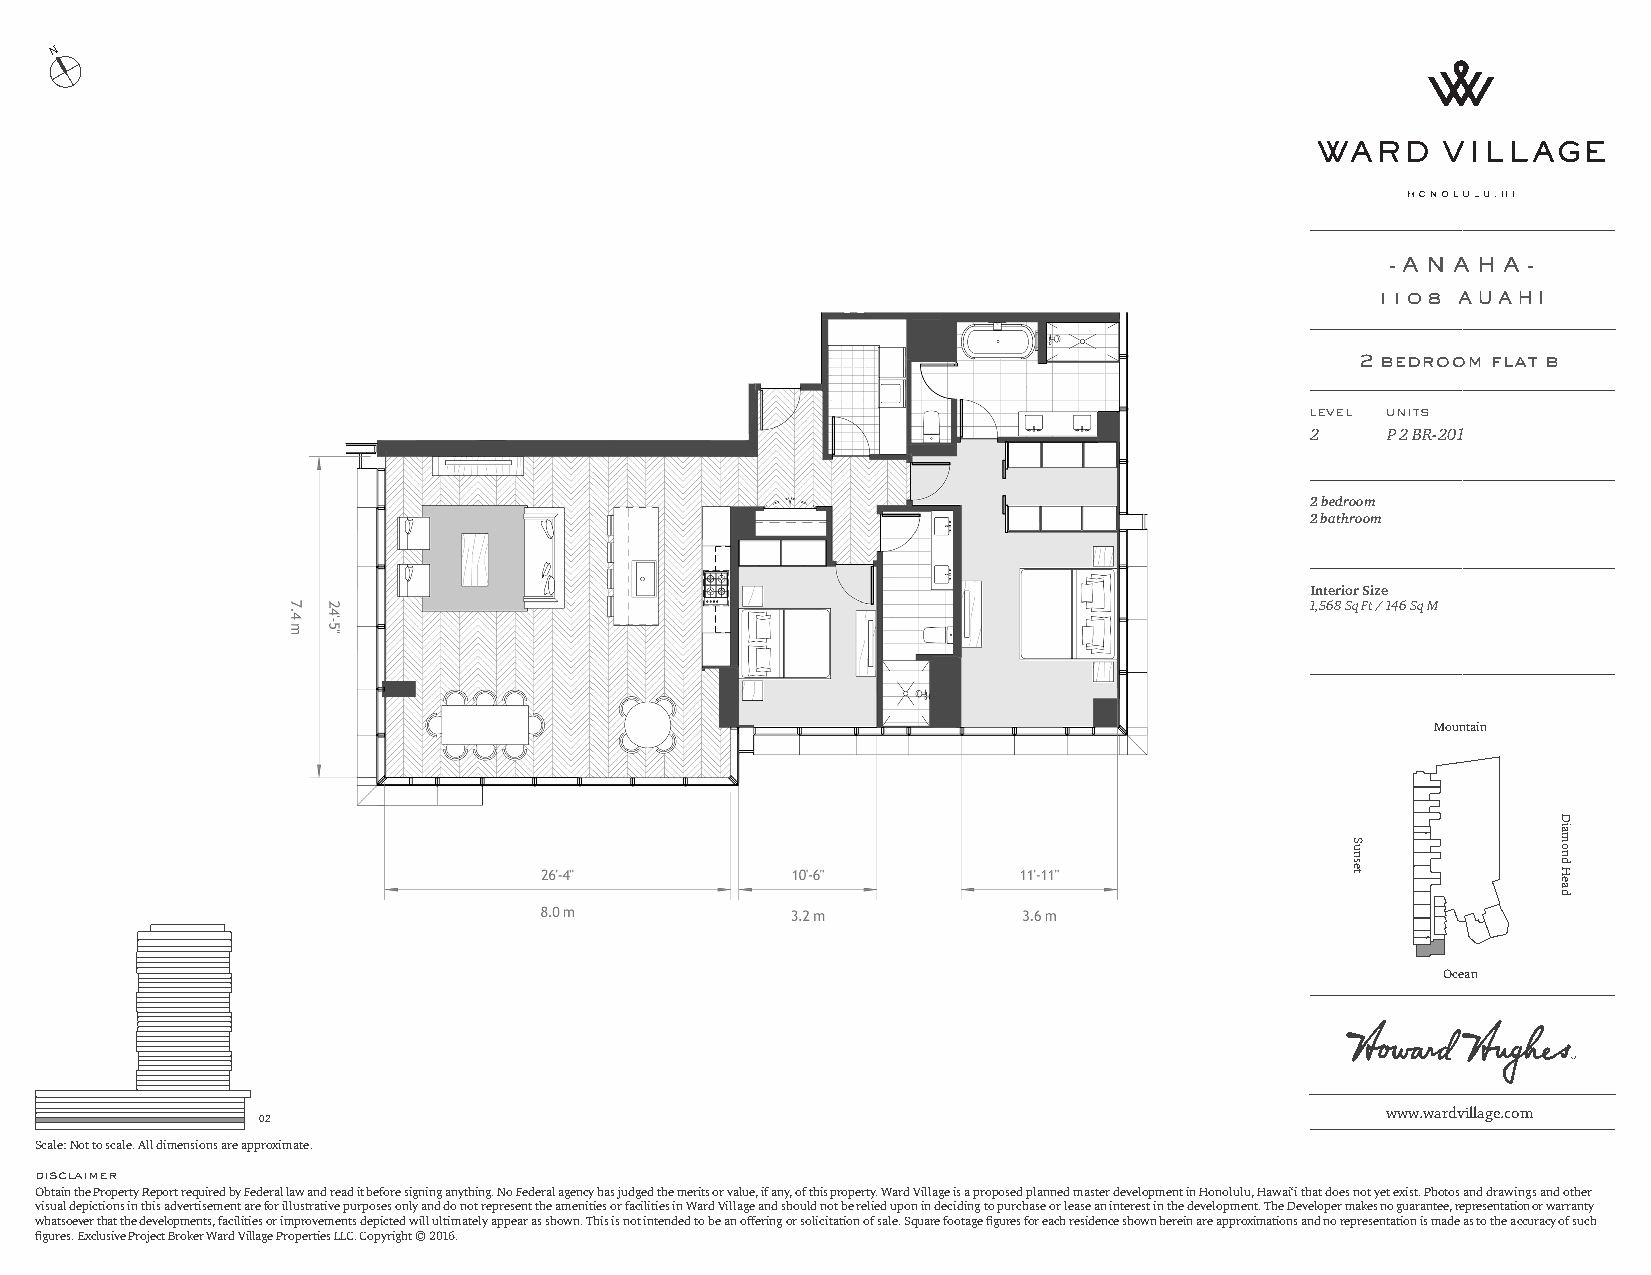
N
 - A N A H A -
 1108 AUAHI
 2 bedroom flat b
 level units
 2    P 2 BR-201
 2 bedroom
 2 bathroom
 Interior Size
 1,568 Sq Ft / 146 Sq M
 Mountain
 Ocean
 www.wardvillage.com
 02
 Scale: Not to scale. All dimensions are approximate.
 disclaimer
 Obtain the Property Report required by Federal law and read it before signing anything. No Federal agency has judged the merits or value, if any, of this property. Ward Village is a proposed planned master development in Honolulu, Hawai‘i that does not yet exist. Photos and drawings and other
 visual depictions in this advertisement are for illustrative purposes only and do not represent the amenities or facilities in Ward Village and should not be relied upon in deciding to purchase or lease an interest in the development. The Developer makes no guarantee, representation or warranty
 whatsoever that the developments, facilities or improvements depicted will ultimately appear as shown. This is not intended to be an offering or solicitation of sale. Square footage figures for each residence shown herein are approximations and no representation is made as to the accuracy of such
 figures. Exclusive Project Broker Ward Village Properties LLC. Copyright © 2016.
 Sunset
 Diamond
 Head